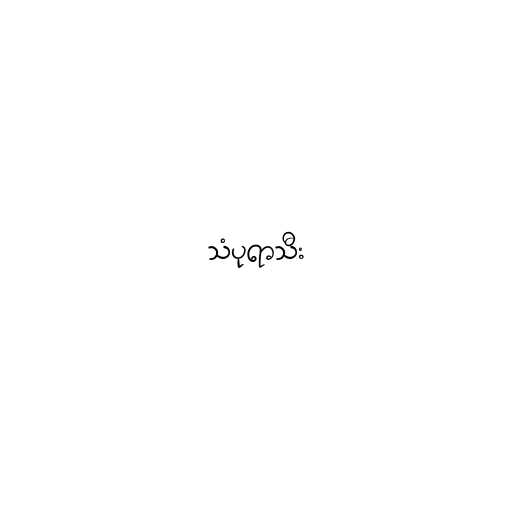
သံပုရာသီး